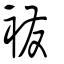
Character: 襏